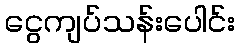
ငွေကျပ်သန်းပေါင်း